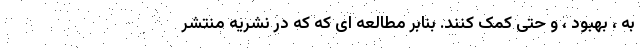
به ، بهبود ، و حتی کمک کنند. بنابر مطالعه ای که که در نشریه منتشر